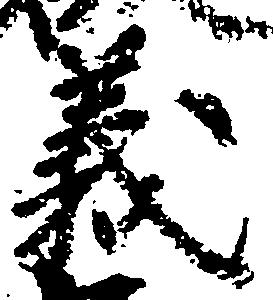
義